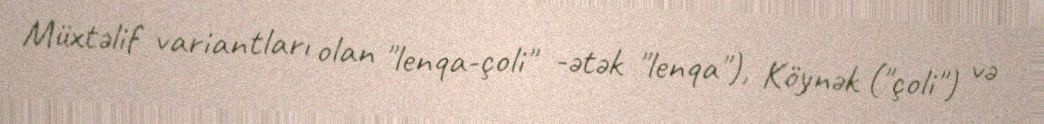
Müxtəlif variantları olan "lenqa-çoli" -ətək "lenqa"), Köynək ("çoli") və